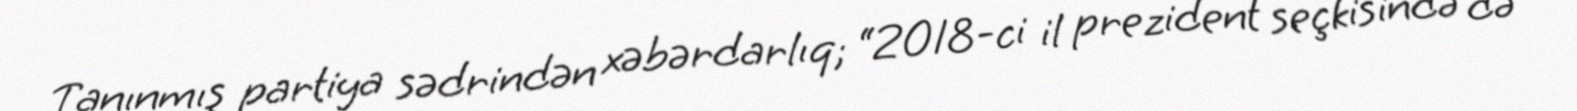
Tanınmış partiya sədrindən xəbərdarlıq; “2018-ci il prezident seçkisində də